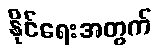
နိုင်ရေးအတွက်